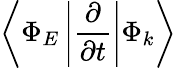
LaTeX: \left<\Phi_{E}\left|\frac{\partial}{\partial t}\right|\Phi_{k}\right>